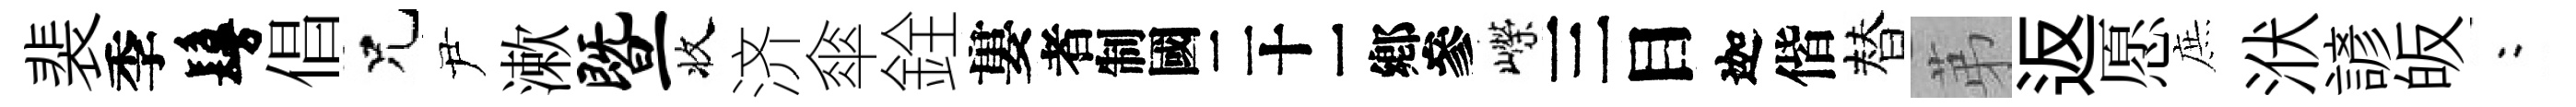
裴季鬘倡兄尹漱暨收济傘銓婁识嶸三目迦偕替苐返愿庶洑諺皈欸